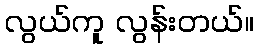
လွယ်ကူ လွန်းတယ်။